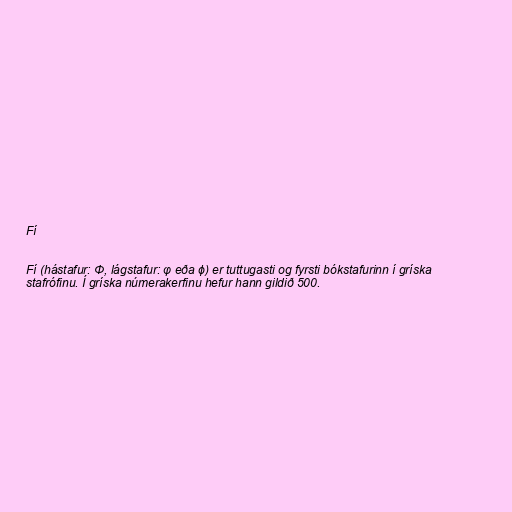
Fí

Fí (hástafur: Φ, lágstafur: φ eða ϕ) er tuttugasti og fyrsti bókstafurinn í gríska
stafrófinu. Í gríska númerakerfinu hefur hann gildið 500.